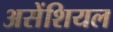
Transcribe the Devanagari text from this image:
असेंशियल